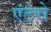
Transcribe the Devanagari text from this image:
एंटेरो